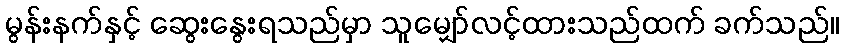
မွန်းနက်နှင့် ဆွေးနွေးရသည်မှာ သူမျှော်လင့်ထားသည်ထက် ခက်သည်။